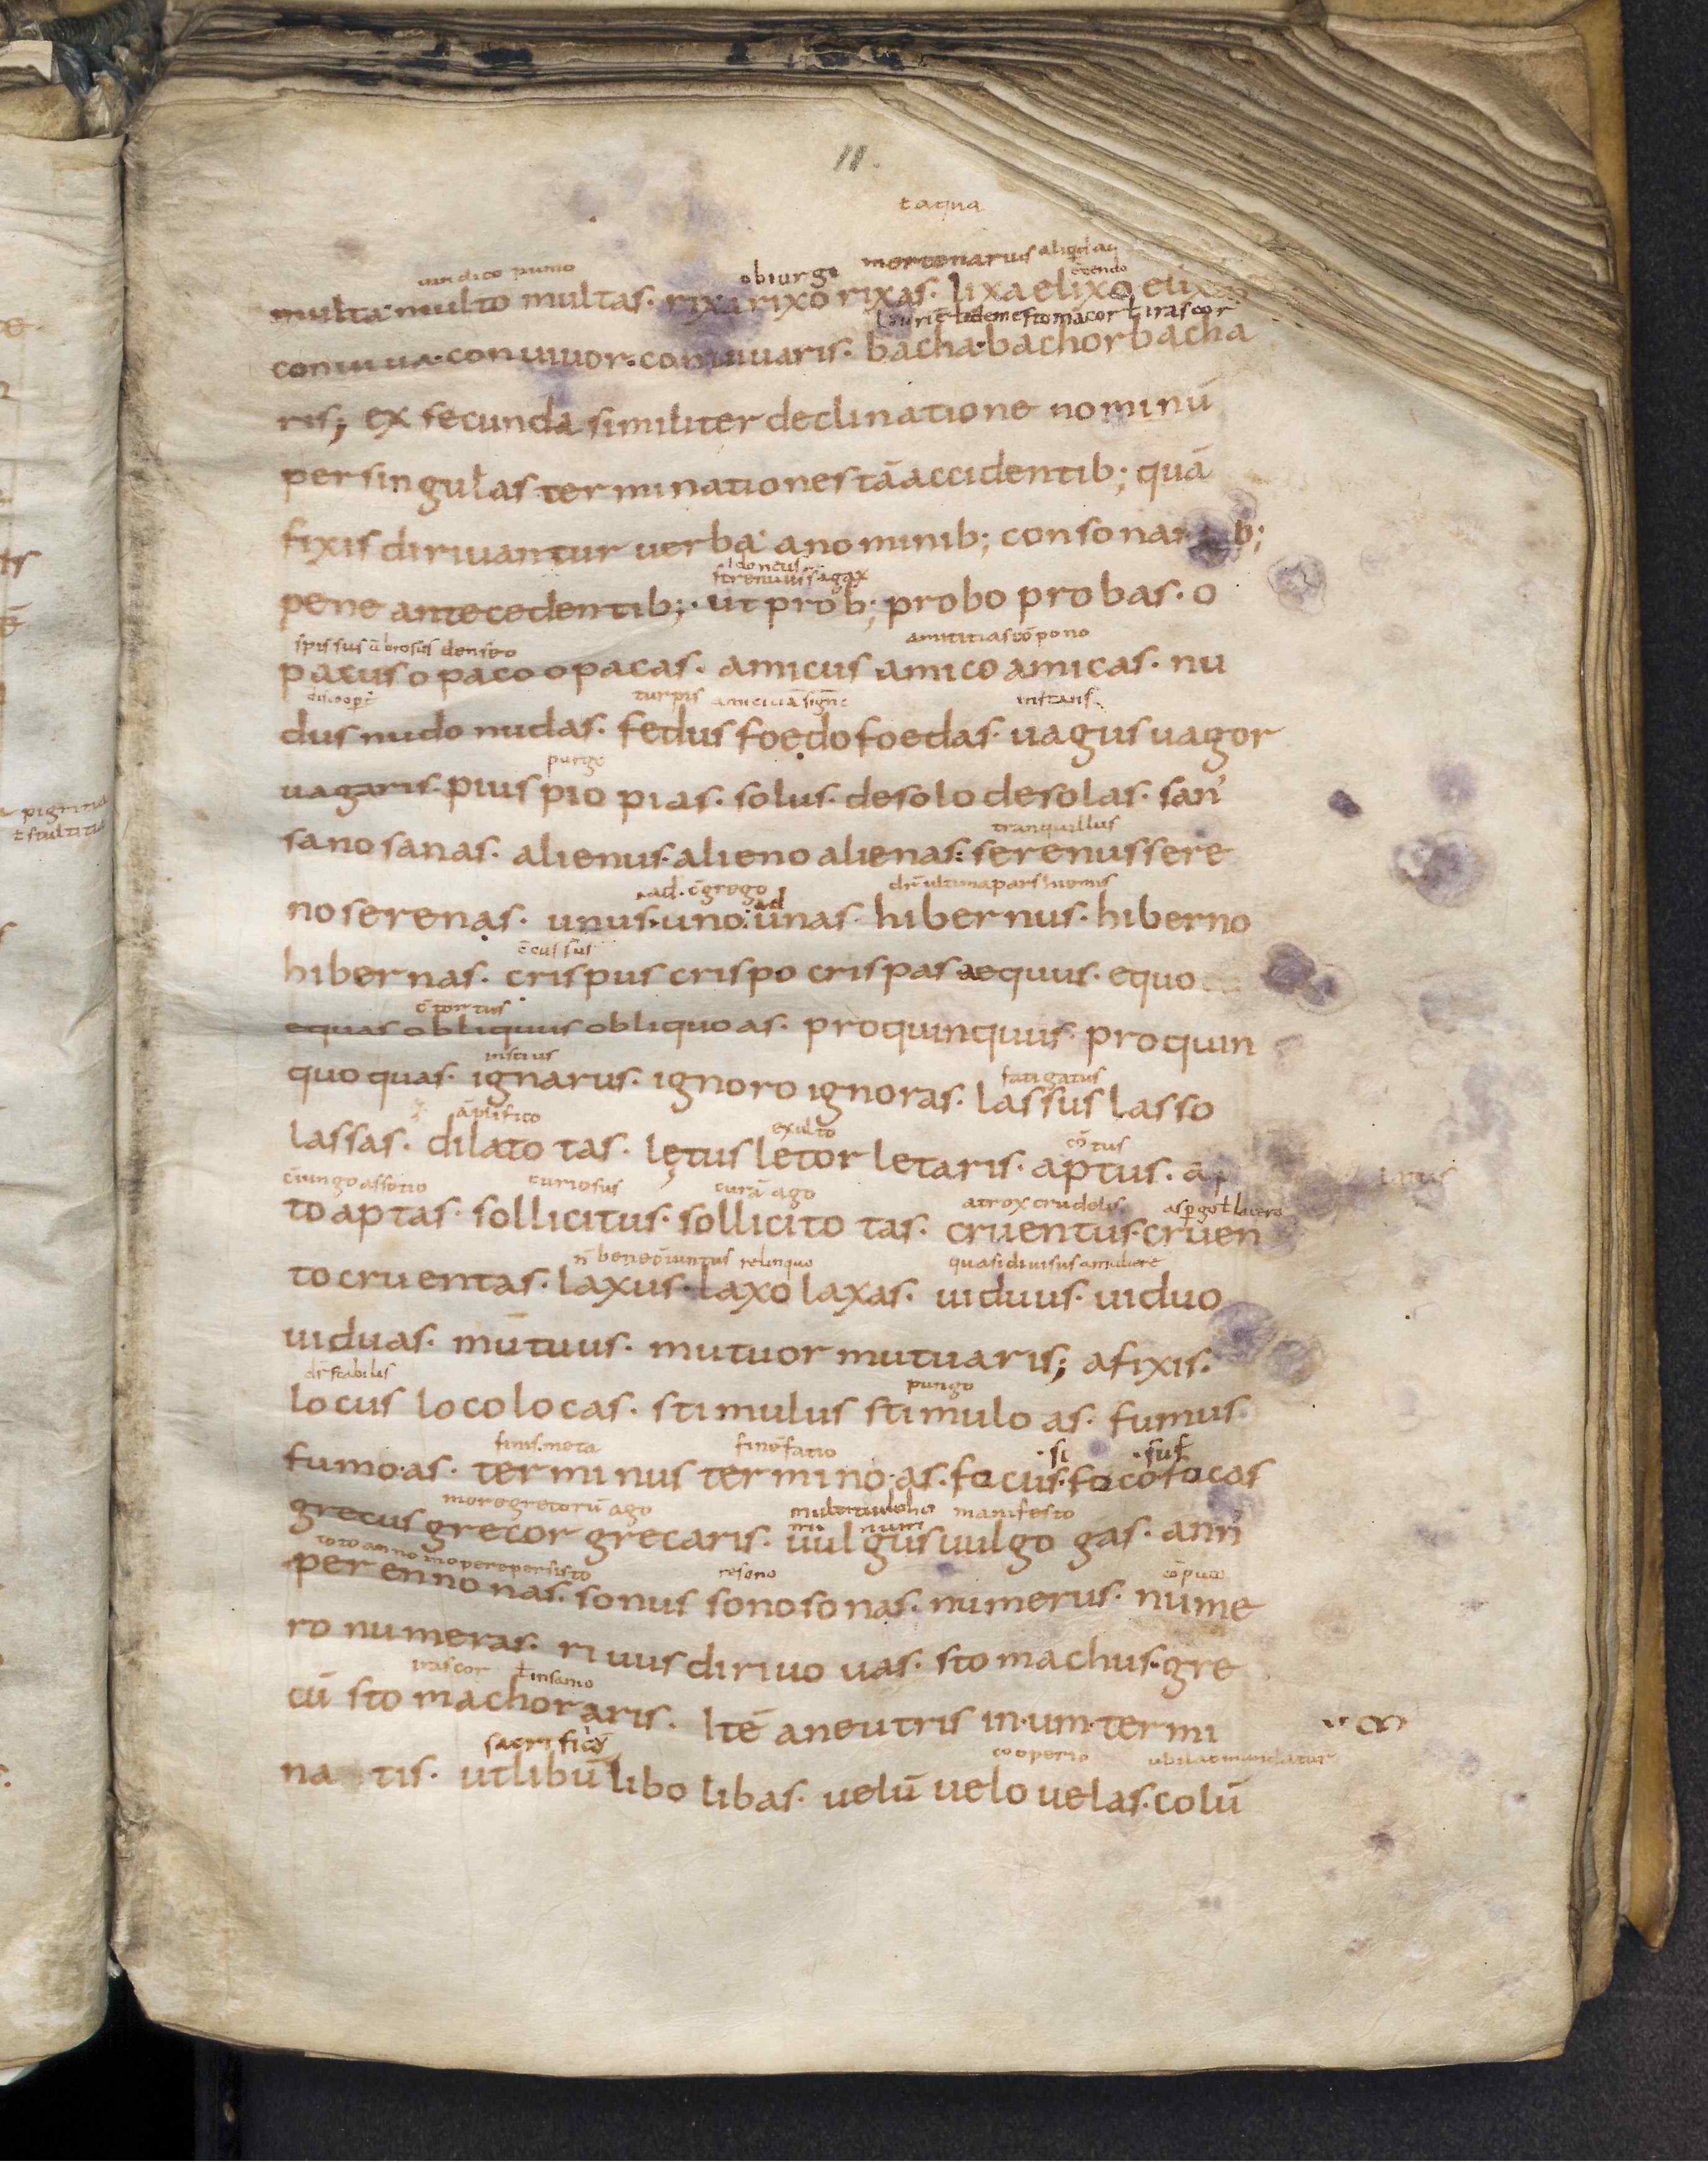
Shelfmark: Leiden, Bibliotheek der Rijksuniversiteit, Voss. Lat. O 41
Century: 9